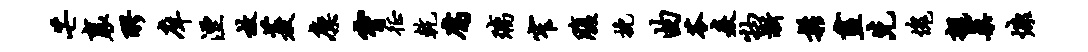
芒襄醪庠湮放菱廪霄徵乾腐璃窄腹挽曲苓焱物渐松画先愧亲蕖慷